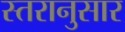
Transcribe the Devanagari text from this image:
स्तरानुसार